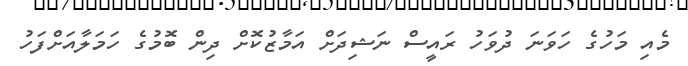
މެއި މަހުގެ ހަވަނަ ދުވަހު ރައީސް ނަޝިދަށް އަމާޒުކޮށް ދިން ބޮމުގެ ހަމަލާއަށްފަހު